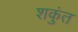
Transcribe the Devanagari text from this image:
शकुंत